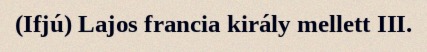
(Ifjú) Lajos francia király mellett III.